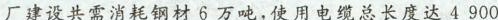
厂建设共需消耗钢材6万吨，使用电缆总长度达4900